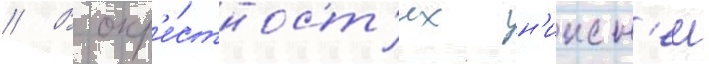
// В окр'е́стност'ях н'ижн'еи